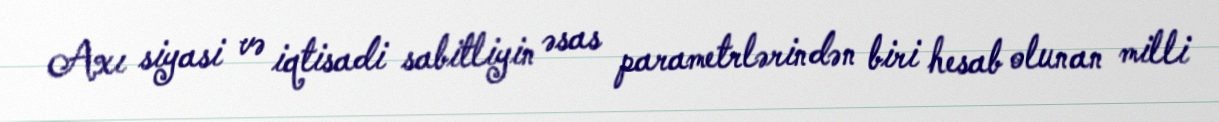
Axı siyasi və iqtisadi sabitliyin əsas parametrlərindən biri hesab olunan milli